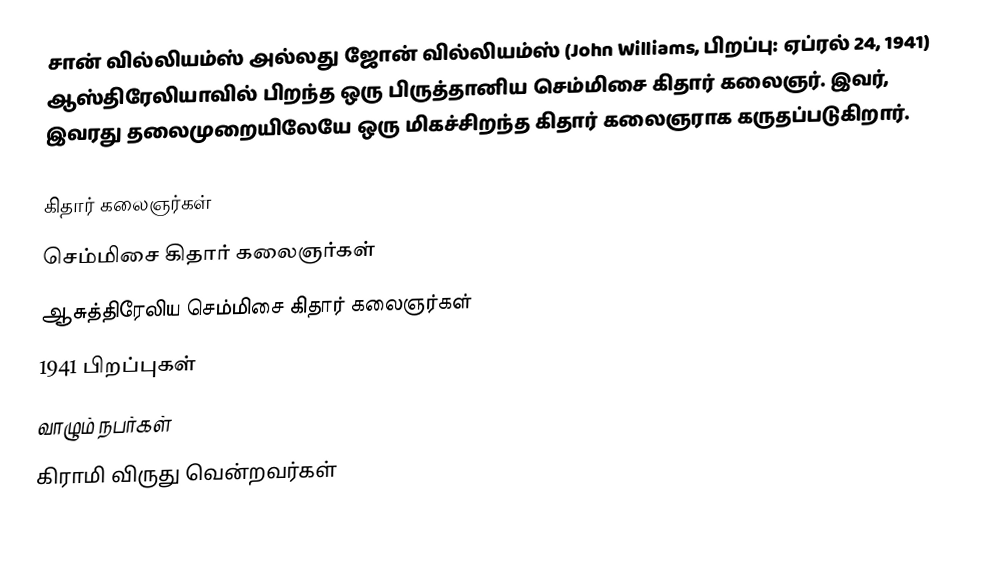
சான் வில்லியம்ஸ் அல்லது ஜோன் வில்லியம்ஸ் (John Williams, பிறப்பு: ஏப்ரல் 24, 1941) ஆஸ்திரேலியாவில் பிறந்த ஒரு பிருத்தானிய செம்மிசை கிதார் கலைஞர். இவர், இவரது தலைமுறையிலேயே ஒரு மிகச்சிறந்த கிதார் கலைஞராக கருதப்படுகிறார்.

கிதார் கலைஞர்கள்
செம்மிசை கிதார் கலைஞர்கள்
ஆசுத்திரேலிய செம்மிசை கிதார் கலைஞர்கள்
1941 பிறப்புகள்
வாழும் நபர்கள்
கிராமி விருது வென்றவர்கள்